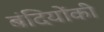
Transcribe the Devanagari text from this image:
बंदियोंकी